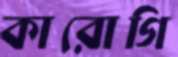
কারোগি